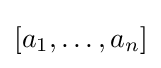
[a_{1},\dots ,a_{n}]